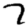
Digit: 7